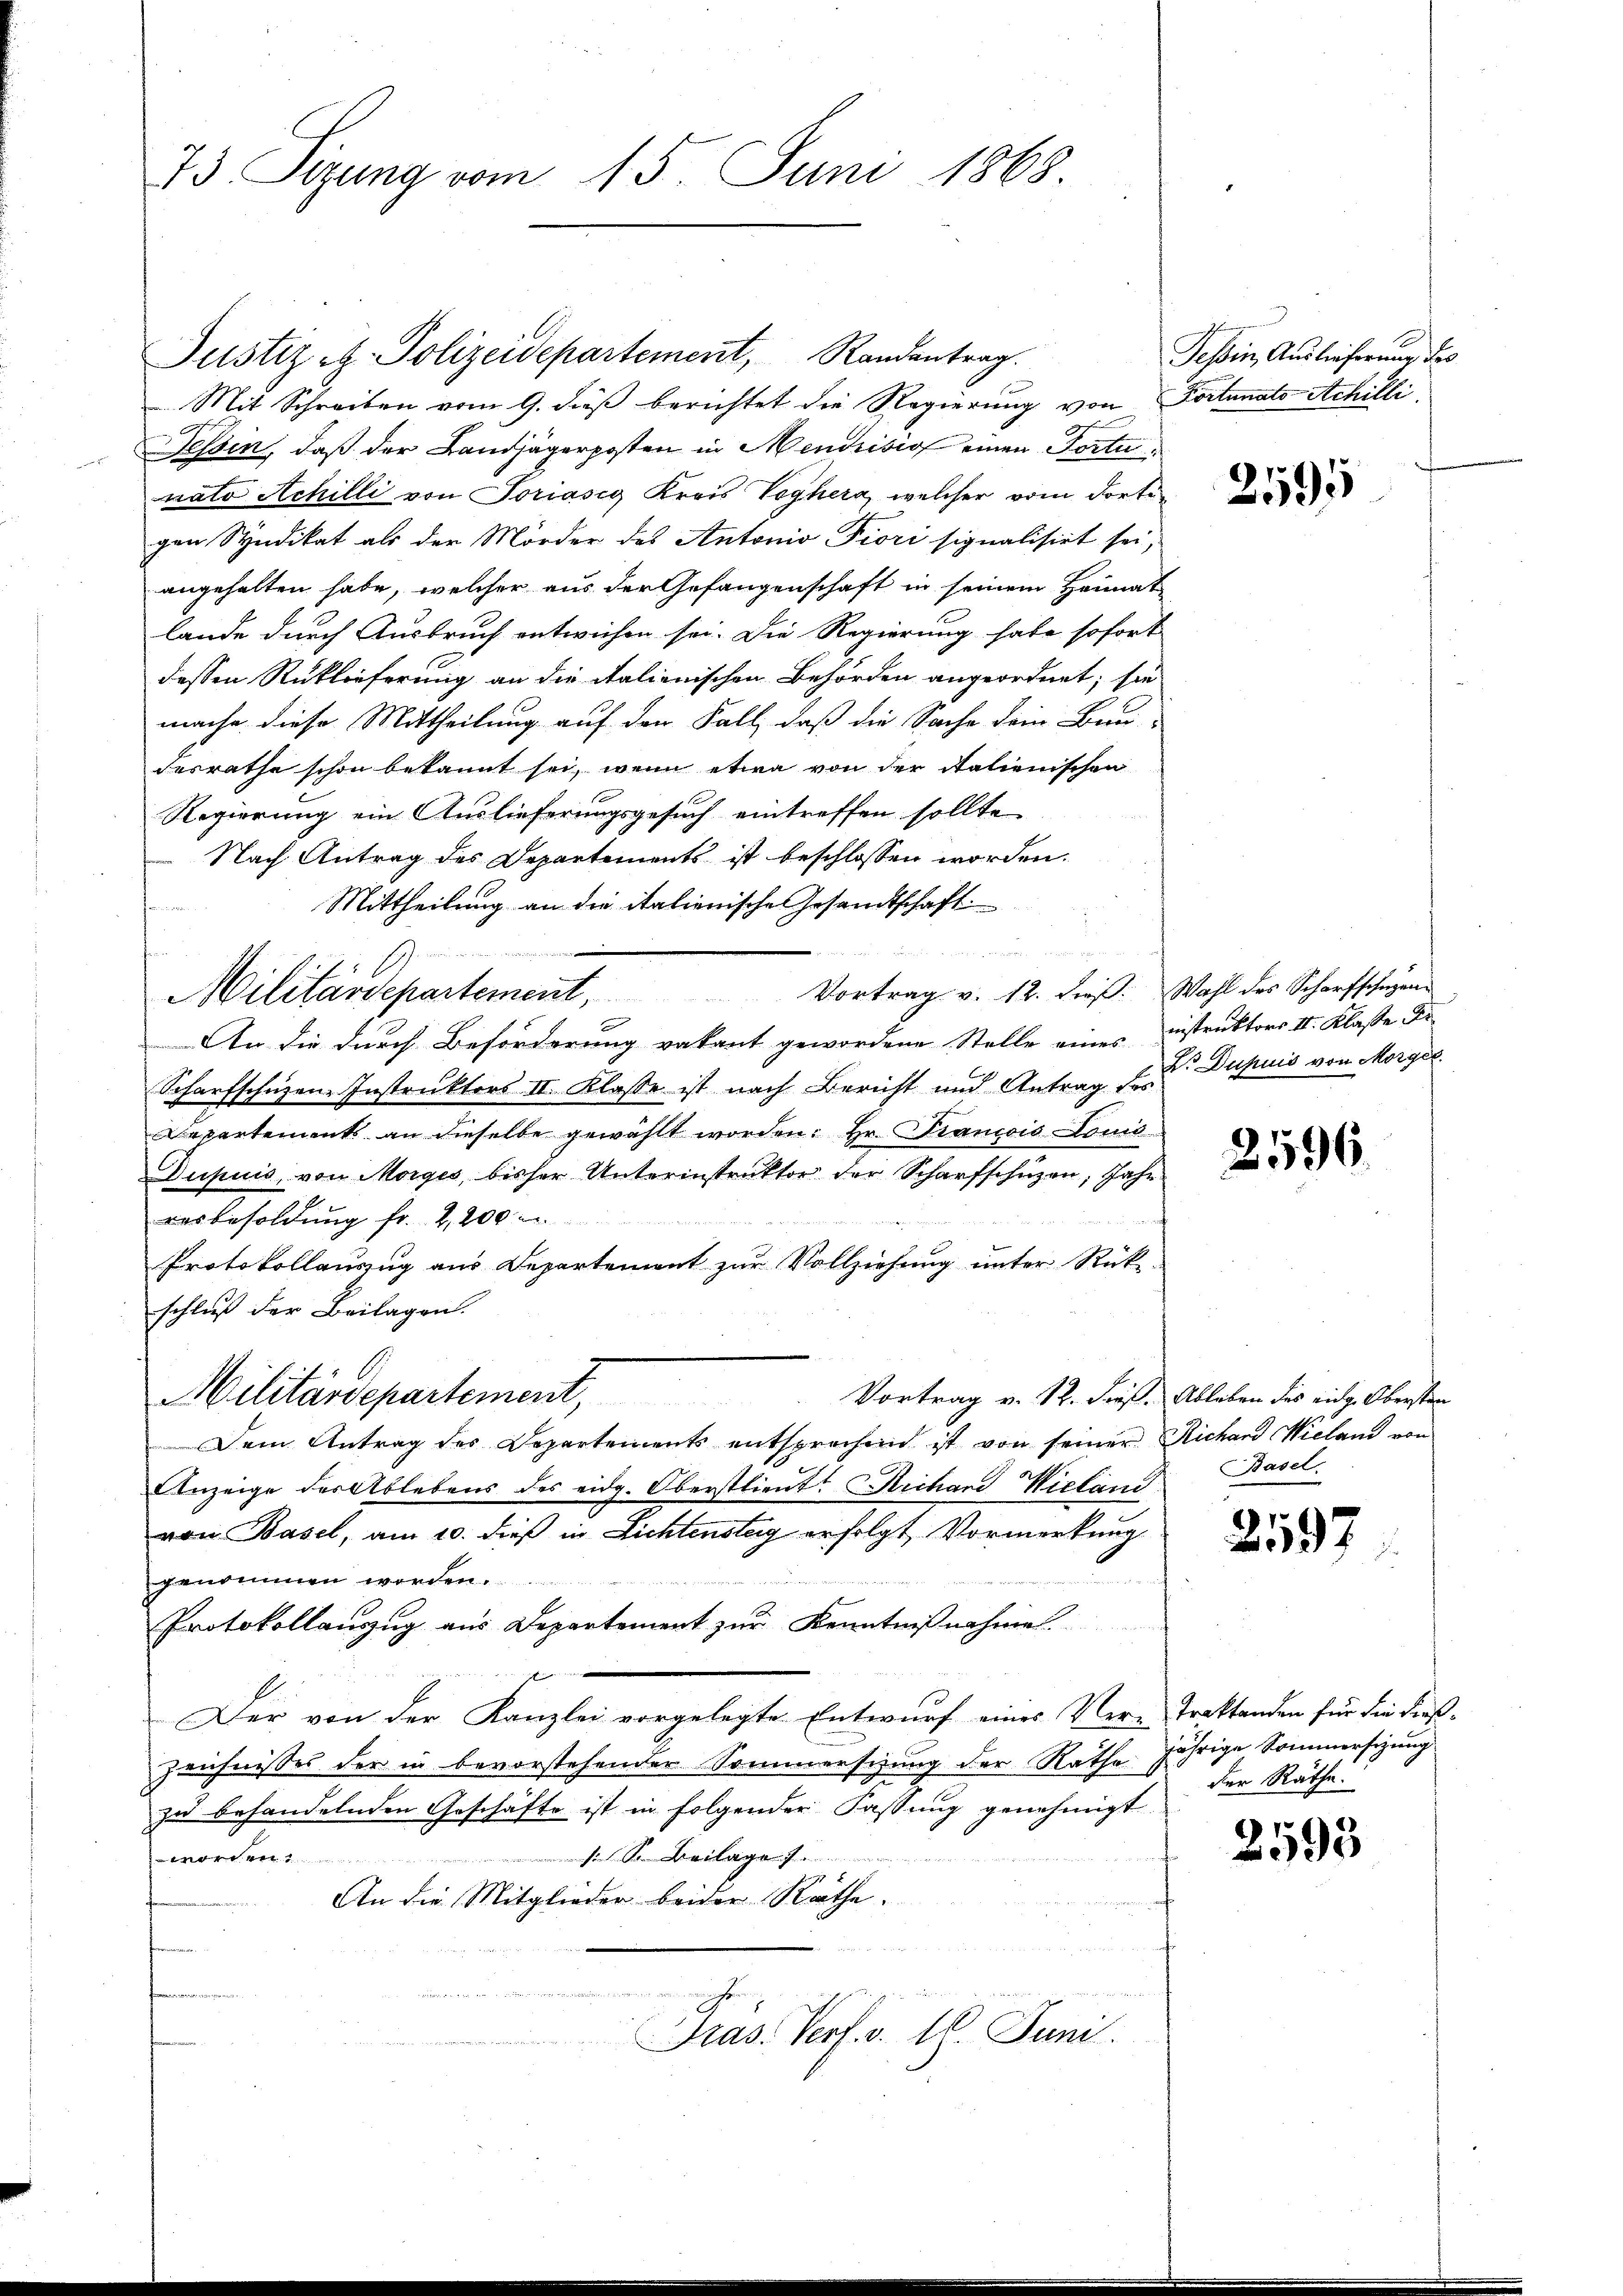
73. Sitzung vom 15. Juni 1868.

Justiz z. Polizeidepartement, Randantrag.
Mit Schreiben vom 9. dieß berichtet die Regierung von Portunats Achilli
Tessin, daß der Landjägerposten in Mendrisis einen Portunato Achilli von Soriasig Kreis Voghera, welcher vom dortigen Syndikat als der Mörder des Antonio Fiori signalisiert sei,
angehalten habe, welcher aus der Gefangenschaft in seinem Heimat
lande durch Ausbruch entwichen sei. Die Regierung habe sofort
dessen Rüklieferung an die italienischen Behörden angeordnet; sie
mache diese Mittheilung auf den Fall, daß die Sache dein Bau-
derrathe schon bekannt sei, wenn etwa von der italienischen
Regierung ein Auslieferungsgesuch eintreffen sollte,
Nach Antrag des Departements ist beschlossen worden.
Mittheilung an die italienische Gesandtschaft
emen
f
Vortrag v. 12. dieß: Wahl des Scharfschüzen¬
Militärdepartement,
e
An die durch Beförderung vakant gewordene Stelle eines instruktors II. Klasse Fr
Scharfschüzen-Instruktors II. Klasse ist nach Bericht und Antrag  Dupuis von Morges
Departements an dieselbe gewählt worden: Hr. Prancois Louis
Dupuis, von Morges, bisher Unterinstruktor der Scharfschützen, Jahr
resbesoldung fr. 2,200
Protokollauszug aus Departement zur Vollziehung unter Rück-
schluß der Beilagen.
Vortrag v. 12. dieß. Ableben des eidg. Obersten
Militärdepartement,
Dem Antrag des Departements entsprechend ist von seiner Richard Wieland von
Anzeige der Ablebens des eidg. Oberstlieut. Sichard Wieland
von Basel, am 10. dieß in Lichtensteig erfolgt, Vormerkung
genommen worden.
Protokollanzug aus Departement zŭr Kenntniβnahme
Der von der Kanzlei vorgelegte Entwurf eines Ver-Traktanden für die dieß¬
Zeichnisses der in bevorstehender Sommerschung der Rathe
zu behandelnden Geschäfte ist in folgender Fassung genehmigt
g
worden.
An die Mitglieder beider Räthe.

u
und wenn ein Ge¬
Pras. Verf. v. 16. Juni.

Tessin, Auslieferung des

2595

2596.

Basel

2597

jährige Sommersizung
der Räthe:

2593